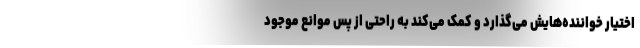
اختیار خواننده‌هایش می‌گذارد و کمک می‌کند به راحتی از پس موانع موجود